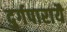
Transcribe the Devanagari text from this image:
दुर्गपारायै